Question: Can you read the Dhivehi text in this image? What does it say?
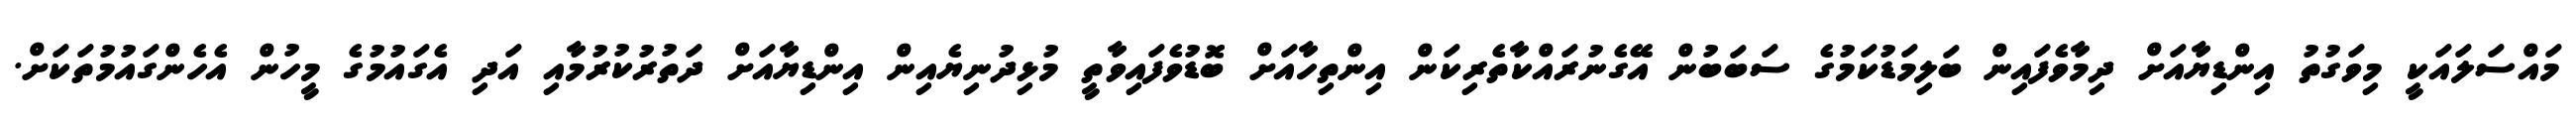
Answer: މައްސަލައަކީ މިވަގުތު އިންޑިޔާއަށް ދިމާވެފައިން ބަލިމަޑުކަމުގެ ސަބަބުން އޭގެނުރައްކާތެރިކަން އިންތިހާއަށް ބޮޑުވެފައިވާތީ މުޅިދުނިޔެއިން އިންޑިޔާއަށް ދަތުރުކުރުމާއި އަދި އެގައުމުގެ މީހުން އެހެންގައުމުތަކަށް.